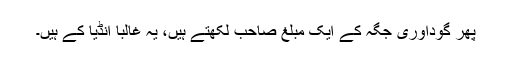
پھر گوداوری جگہ کے ایک مبلغ صاحب لکھتے ہیں، یہ غالباً انڈیا کے ہیں۔